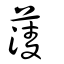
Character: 蔆